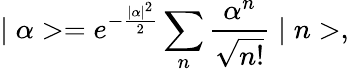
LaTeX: \mid\alpha>=e^{-\frac{\mid\alpha\mid^{2}}{2}}\sum_{n}\frac{\alpha^{n}}{\sqrt{n!}}\mid n>,